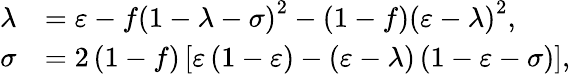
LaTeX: \begin{array}{rl}{\lambda}&{=\varepsilon-f\left(1-\lambda-\sigma\right)^{2}-\left(1-f\right)\left(\varepsilon-\lambda\right)^{2},}\\ {\sigma}&{=2\left(1-f\right)\left[\varepsilon\left(1-\varepsilon\right)-\left(\varepsilon-\lambda\right)\left(1-\varepsilon-\sigma\right)\right],}\end{array}